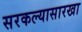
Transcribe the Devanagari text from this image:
सरकल्यासारखा